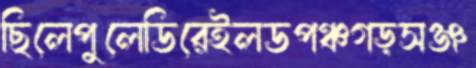
ছিলেপুলেডিরেইলডপঞ্চগড়সঞ্জ